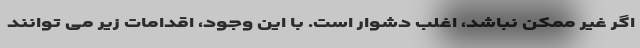
اگر غیر ممکن نباشد، اغلب دشوار است. با این وجود، اقدامات زیر می توانند